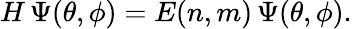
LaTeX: H\, \Psi(\theta,\phi)=E(n,m)\, \Psi(\theta,\phi).